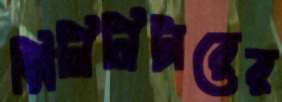
মিলিলিটারের